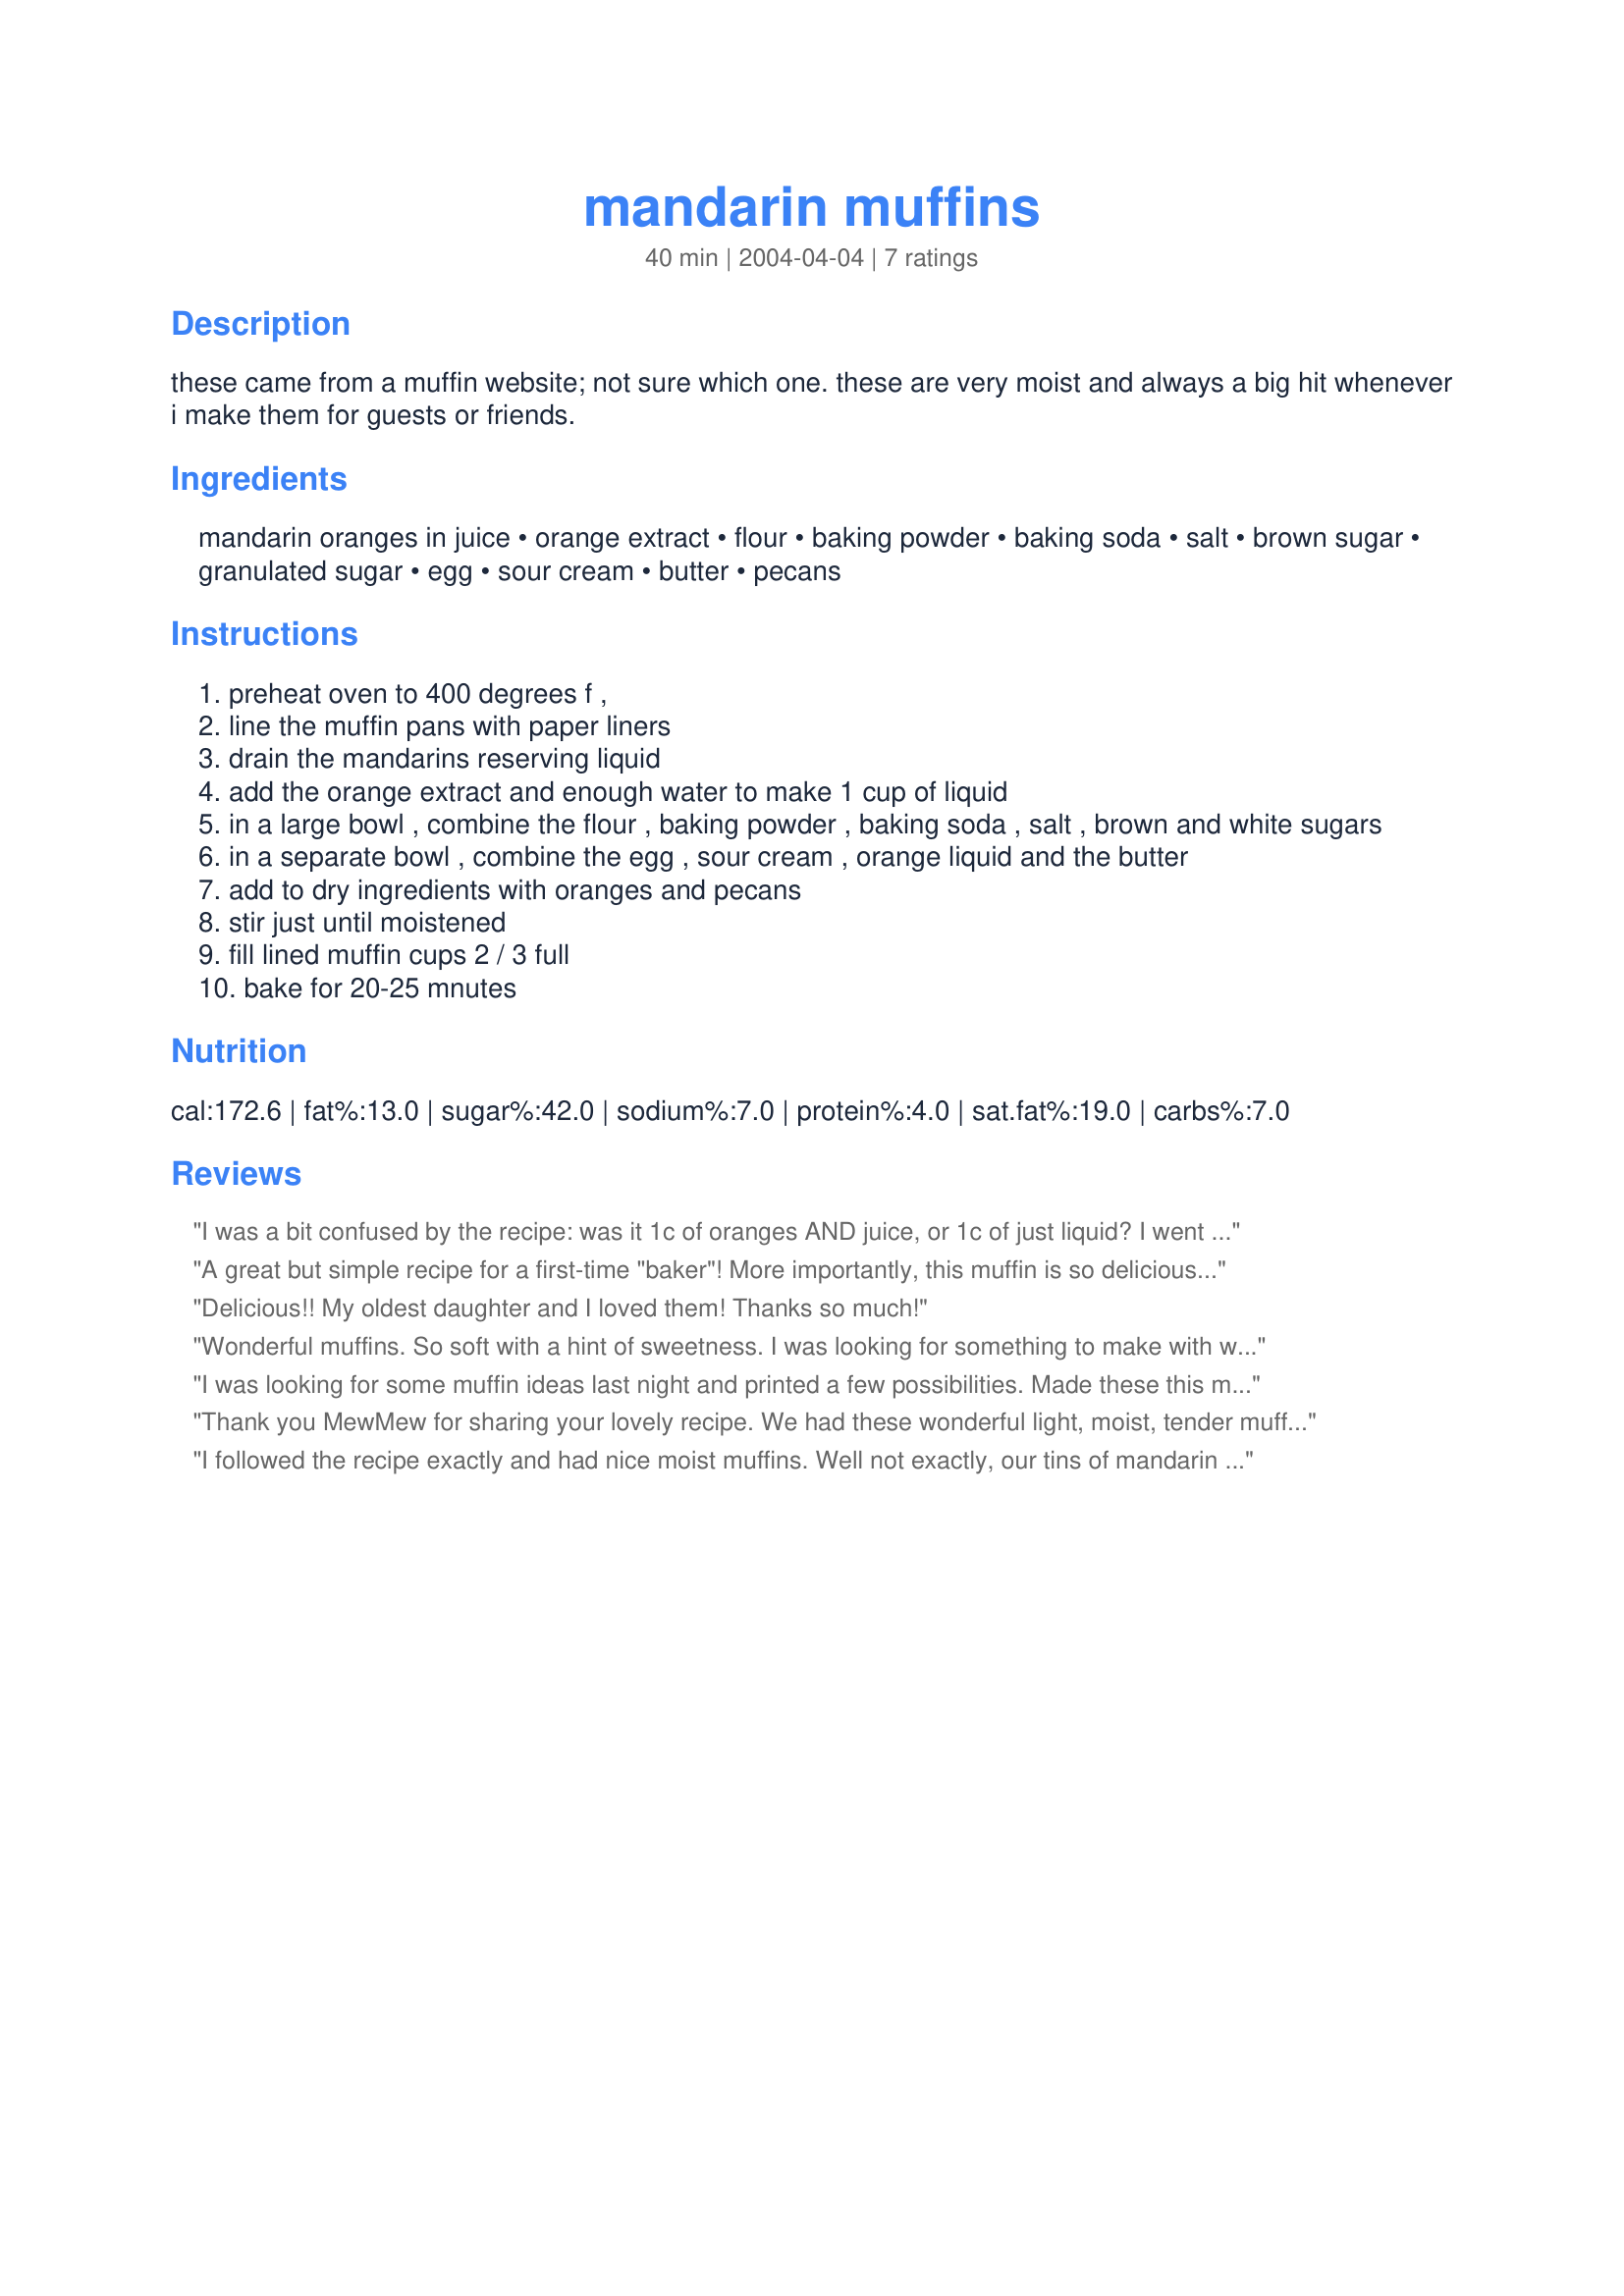
mandarin muffins
Preparation time: 40 minutes

these came from a muffin website; not sure which one. these are very moist and always a big hit whenever i make them for guests or friends.

Ingredients:
mandarin oranges in juice, orange extract, flour, baking powder, baking soda, salt, brown sugar, granulated sugar, egg, sour cream, butter, pecans

Steps:
preheat oven to 400 degrees f ,
line the muffin pans with paper liners
drain the mandarins reserving liquid
add the orange extract and enough water to make 1 cup of liquid
in a large bowl , combine the flour , baking powder , baking soda , salt , brown and white sugars
in a separate bowl , combine the egg , sour cream , orange liquid and the butter
add to dry ingredients with oranges and pecans
stir just until moistened
fill lined muffin cups 2 / 3 full
bake for 20-25 mnutes

Reviews:
I was a bit confused by the recipe: was it 1c of oranges AND juice, or 1c of just liquid? I went with 1c of liquid, and I think that was wrong; they were too mushy and totally flopped. Mine turned out a bit bland, too; I used water, but with a little extra extract and some zest. I like my muffins a tad sweeter than these; that would be easy enough to fix next time.
A great but simple recipe for a first-time "baker"! More importantly, this muffin is so delicious I'm now inspired with my newly-discovered skill! Last weekend, I was collecting easy muffin recipes for my elderly mother who has just recently learned how to bake, as well. Since she is not computer-savvy, I browsed through several possibilities for her! Going through numerous recipes made me realize that baking did not seem so difficult after all. When I told my nurses about this, they challenged me to "shock" them by baking one of the recipes I collected for my mother! Today being a snowbound day made it ideal to try my hand at baking! I am impressed!
Delicious!! My oldest daughter and I loved them! Thanks so much!
Wonderful muffins. So soft with a hint of sweetness. I was looking for something to make with what I had on hand so I used lemon extract instead of orange and instead of water to make 1 cup of liquid, I used orange juice. I did not have any nuts on hand so I had to omit that step but it did not make a difference. They we just easy and delicious as they were. MewMew, thanks for a great recipe and one that will be repeated in my home.
I was looking for some muffin ideas last night and printed a few possibilities. Made these this morning (6am they were in the oven!). They came out AMAZING. I ran out of Orange Extract and used Lemon - worked out fine and my picky toddlers were devouring them as I was leaving this AM. :-) Thanks for this - what a treat! Definately a keeper!
Thank you MewMew for sharing your lovely recipe. We had these wonderful light, moist, tender muffins with dinner. They were absolutely delicious. I added sliced almonds to half the muffins I made.
I followed the recipe exactly and had nice moist muffins. Well not exactly, our tins of mandarin oranges come in 284ml size which is about 9 ounces and I used the whole tin. I did bake them an extra 5 minutes as I wasn't sure they were done at 25 min.I love mandarin oranges and this is another great way to use them. Thanks for the recipe Mewmew.
